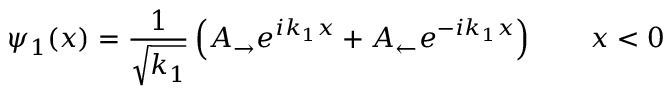
\psi _ { 1 } ( x ) = { \frac { 1 } { \sqrt { k _ { 1 } } } } \left( A _ { \rightarrow } e ^ { i k _ { 1 } x } + A _ { \leftarrow } e ^ { - i k _ { 1 } x } \right) \qquad x < 0